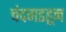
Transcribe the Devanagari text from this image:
चंदगडहून